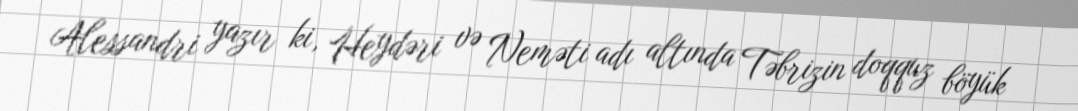
Alessandri yazır ki, Heydəri və Neməti adı altında Təbrizin doqquz böyük